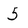
Character: 5